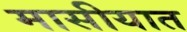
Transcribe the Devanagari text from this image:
मासीयात